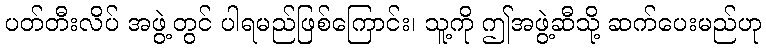
ပတ်တီးလိပ် အဖွဲ့တွင် ပါရမည်ဖြစ်ကြောင်း၊ သူ့ကို ဤအဖွဲ့ဆီသို့ ဆက်ပေးမည်ဟု